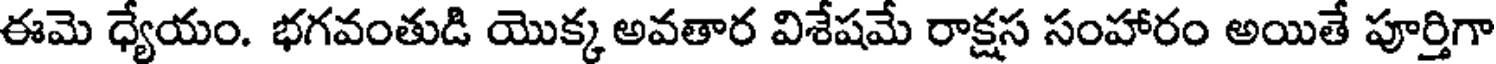
ఈమె ధ్యేయం. భగవంతుడి యొక్క అవతార విశేషమే రాక్షస సంహారం అయితే పూర్తిగా